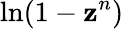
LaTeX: \ln(1-\mathbf{z}^{n})